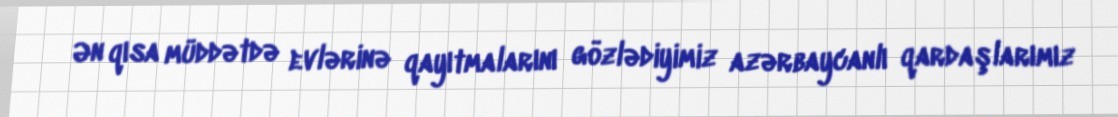
Ən qısa müddətdə evlərinə qayıtmalarını gözlədiyimiz azərbaycanlı qardaşlarımız